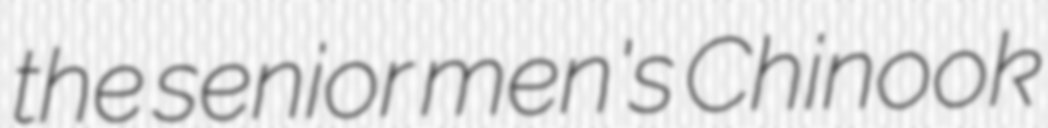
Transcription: the senior men's Chinook